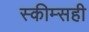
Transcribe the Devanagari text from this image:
स्कीम्सही